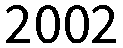
2002